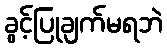
ခွင့်ပြုချက်မရဘဲ